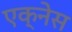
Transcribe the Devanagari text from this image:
एक्नेस